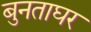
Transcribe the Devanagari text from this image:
बुनताघर